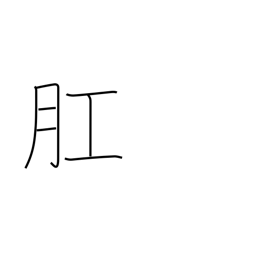
Meaning: anus